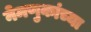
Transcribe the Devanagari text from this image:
नेमणुकांच्या